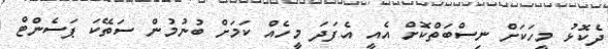
ދެކޮޅު މީހަކަށް ނިސްބަތްކޮށް އެއީ އެފަދަ މީހެއް ކަމަށް ބުނުމުން ސަތޭކަ ޕަސެންޓް